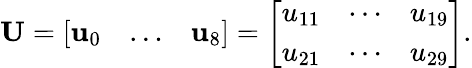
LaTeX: \mathbf{U}=\left[\begin{array}{ccc}{\mathbf{u}_{0}}&{\ldots}&{\mathbf{u}_{8}}\end{array}\right]=\left[\begin{array}{ccc}{u_{11}}&{\cdots}&{u_{19}}\\ {u_{21}}&{\cdots}&{u_{29}}\end{array}\right].